Report on enteric fever
Disease focus: Fever
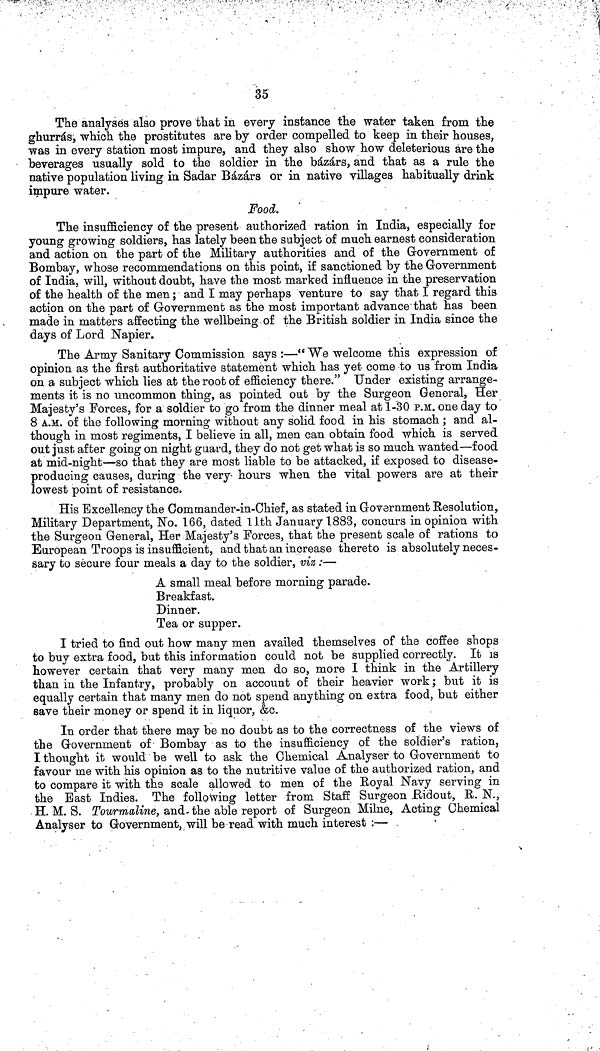
35
The analyses also prove that in every instance the water taken from the
ghurrás, which the prostitutes are by order compelled to keep in their houses,
was in every station most impure, and they also show how deleterious are the
beverages usually sold to the soldier in the bázárs, and that as a rule the
native population living in Sadar Bázárs or in native villages habitually drink
impure water.
Food.
The insufficiency of the present authorized ration in India, especially for
young growing soldiers, has lately been the subject of much earnest consideration
and action on the part of the Military authorities and of the Government of
Bombay, whose recommendations on this point, if sanctioned by the Government
of India, will, without doubt, have the most marked influence in the preservation
of the health of the men; and I may perhaps venture to say that I regard this
action on the part of Government as the most important advance that has been
made in matters affecting the wellbeing of the British soldier in India since the
days of Lord Napier.
The Army Sanitary Commission says :—" We welcome this expression of
opinion as the first authoritative statement which has yet come to us from India
on a subject which lies at the root of efficiency there." Under existing arrange-
ments it is no uncommon thing, as pointed out by the Surgeon General, Her
Majesty's Forces, for a soldier to go from the dinner meal at 1-30 P.M. one day to
8 A.M. of the following morning without any solid food in his stomach; and al-
though in most regiments, I believe in all, men can obtain food which is served
out just after going on night guard, they do not get what is so much wanted—food
at mid-night—so that they are most liable to be attacked, if exposed to disease-
producing causes, during the very- hours when the vital powers are at their
lowest point of resistance.
His Excellency the Commander-in-Chief, as stated in Government Resolution,
Military Department, No. 166, dated 11th January 1883, concurs in opinion with
the Surgeon General, Her Majesty's Forces, that the present scale of rations to
European Troops is insufficient, and that an increase thereto is absolutely neces-
sary to secure four meals a day to the soldier, viz:—
A small meal before morning parade.
Breakfast.
Dinner.
Tea or supper.
I tried to find out how many men availed themselves of the coffee shops
to buy extra food, but this information could not be supplied correctly. It is
however certain that very many men do so, more I think in the Artillery
than in the Infantry, probably on account of their heavier work; but it is
equally certain that many men do not spend anything on extra food, but either
save their money or spend it in liquor, &c.
In order that there may be no doubt as to the correctness of the views of
the Government of Bombay as to the insufficiency of the soldier's ration,
I thought it would be well to ask the Chemical Analyser to Government to
favour me with his opinion as to the nutritive value of the authorized ration, and
to compare it with the scale allowed to men of the Royal Navy serving in
the Bast Indies. The following letter from Staff Surgeon Ridout, R. N.,
H. M. S. Tourmaline, and the able report of Surgeon Milne, Acting Chemical
Analyser to Government, will be read with much interest :—